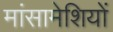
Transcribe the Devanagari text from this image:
मांसामेशियों